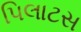
પિલાટસ